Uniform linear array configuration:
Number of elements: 8
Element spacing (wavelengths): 0.25
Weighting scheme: uniform
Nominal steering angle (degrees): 0
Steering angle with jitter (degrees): -0.9325
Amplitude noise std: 0.05
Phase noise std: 0.05

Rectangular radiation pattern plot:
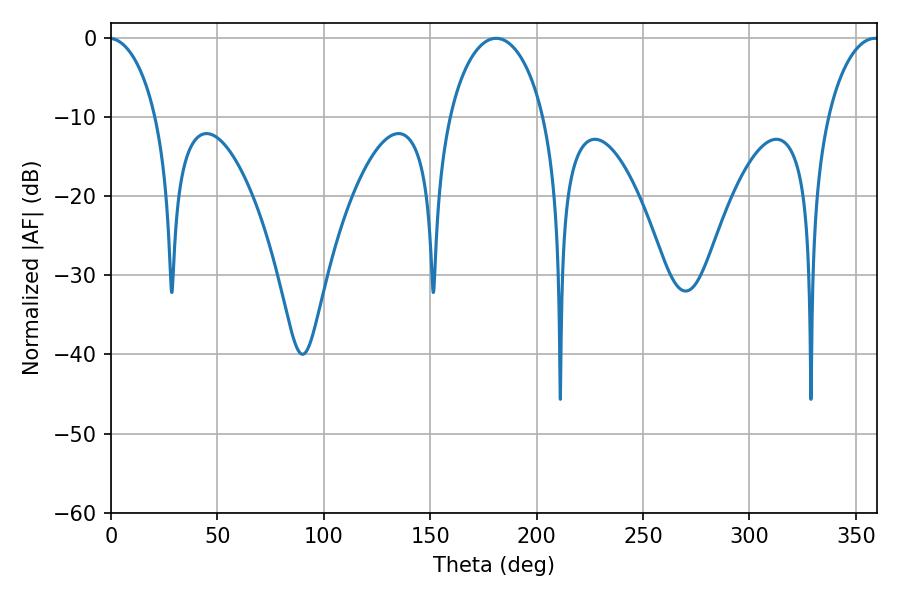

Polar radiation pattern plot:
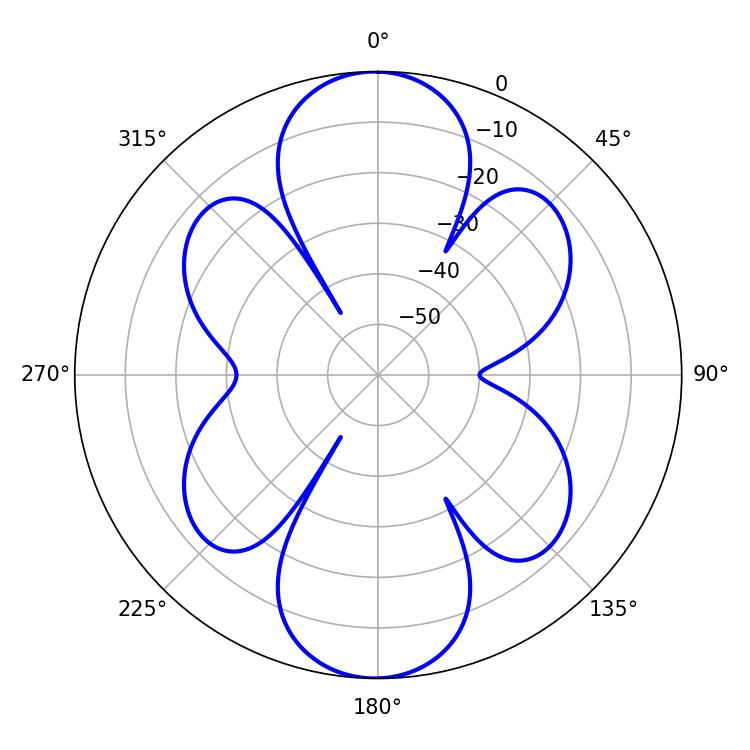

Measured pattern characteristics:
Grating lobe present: FALSE
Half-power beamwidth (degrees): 25.56
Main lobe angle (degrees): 180.9